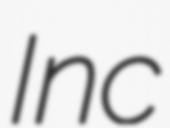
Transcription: Inc